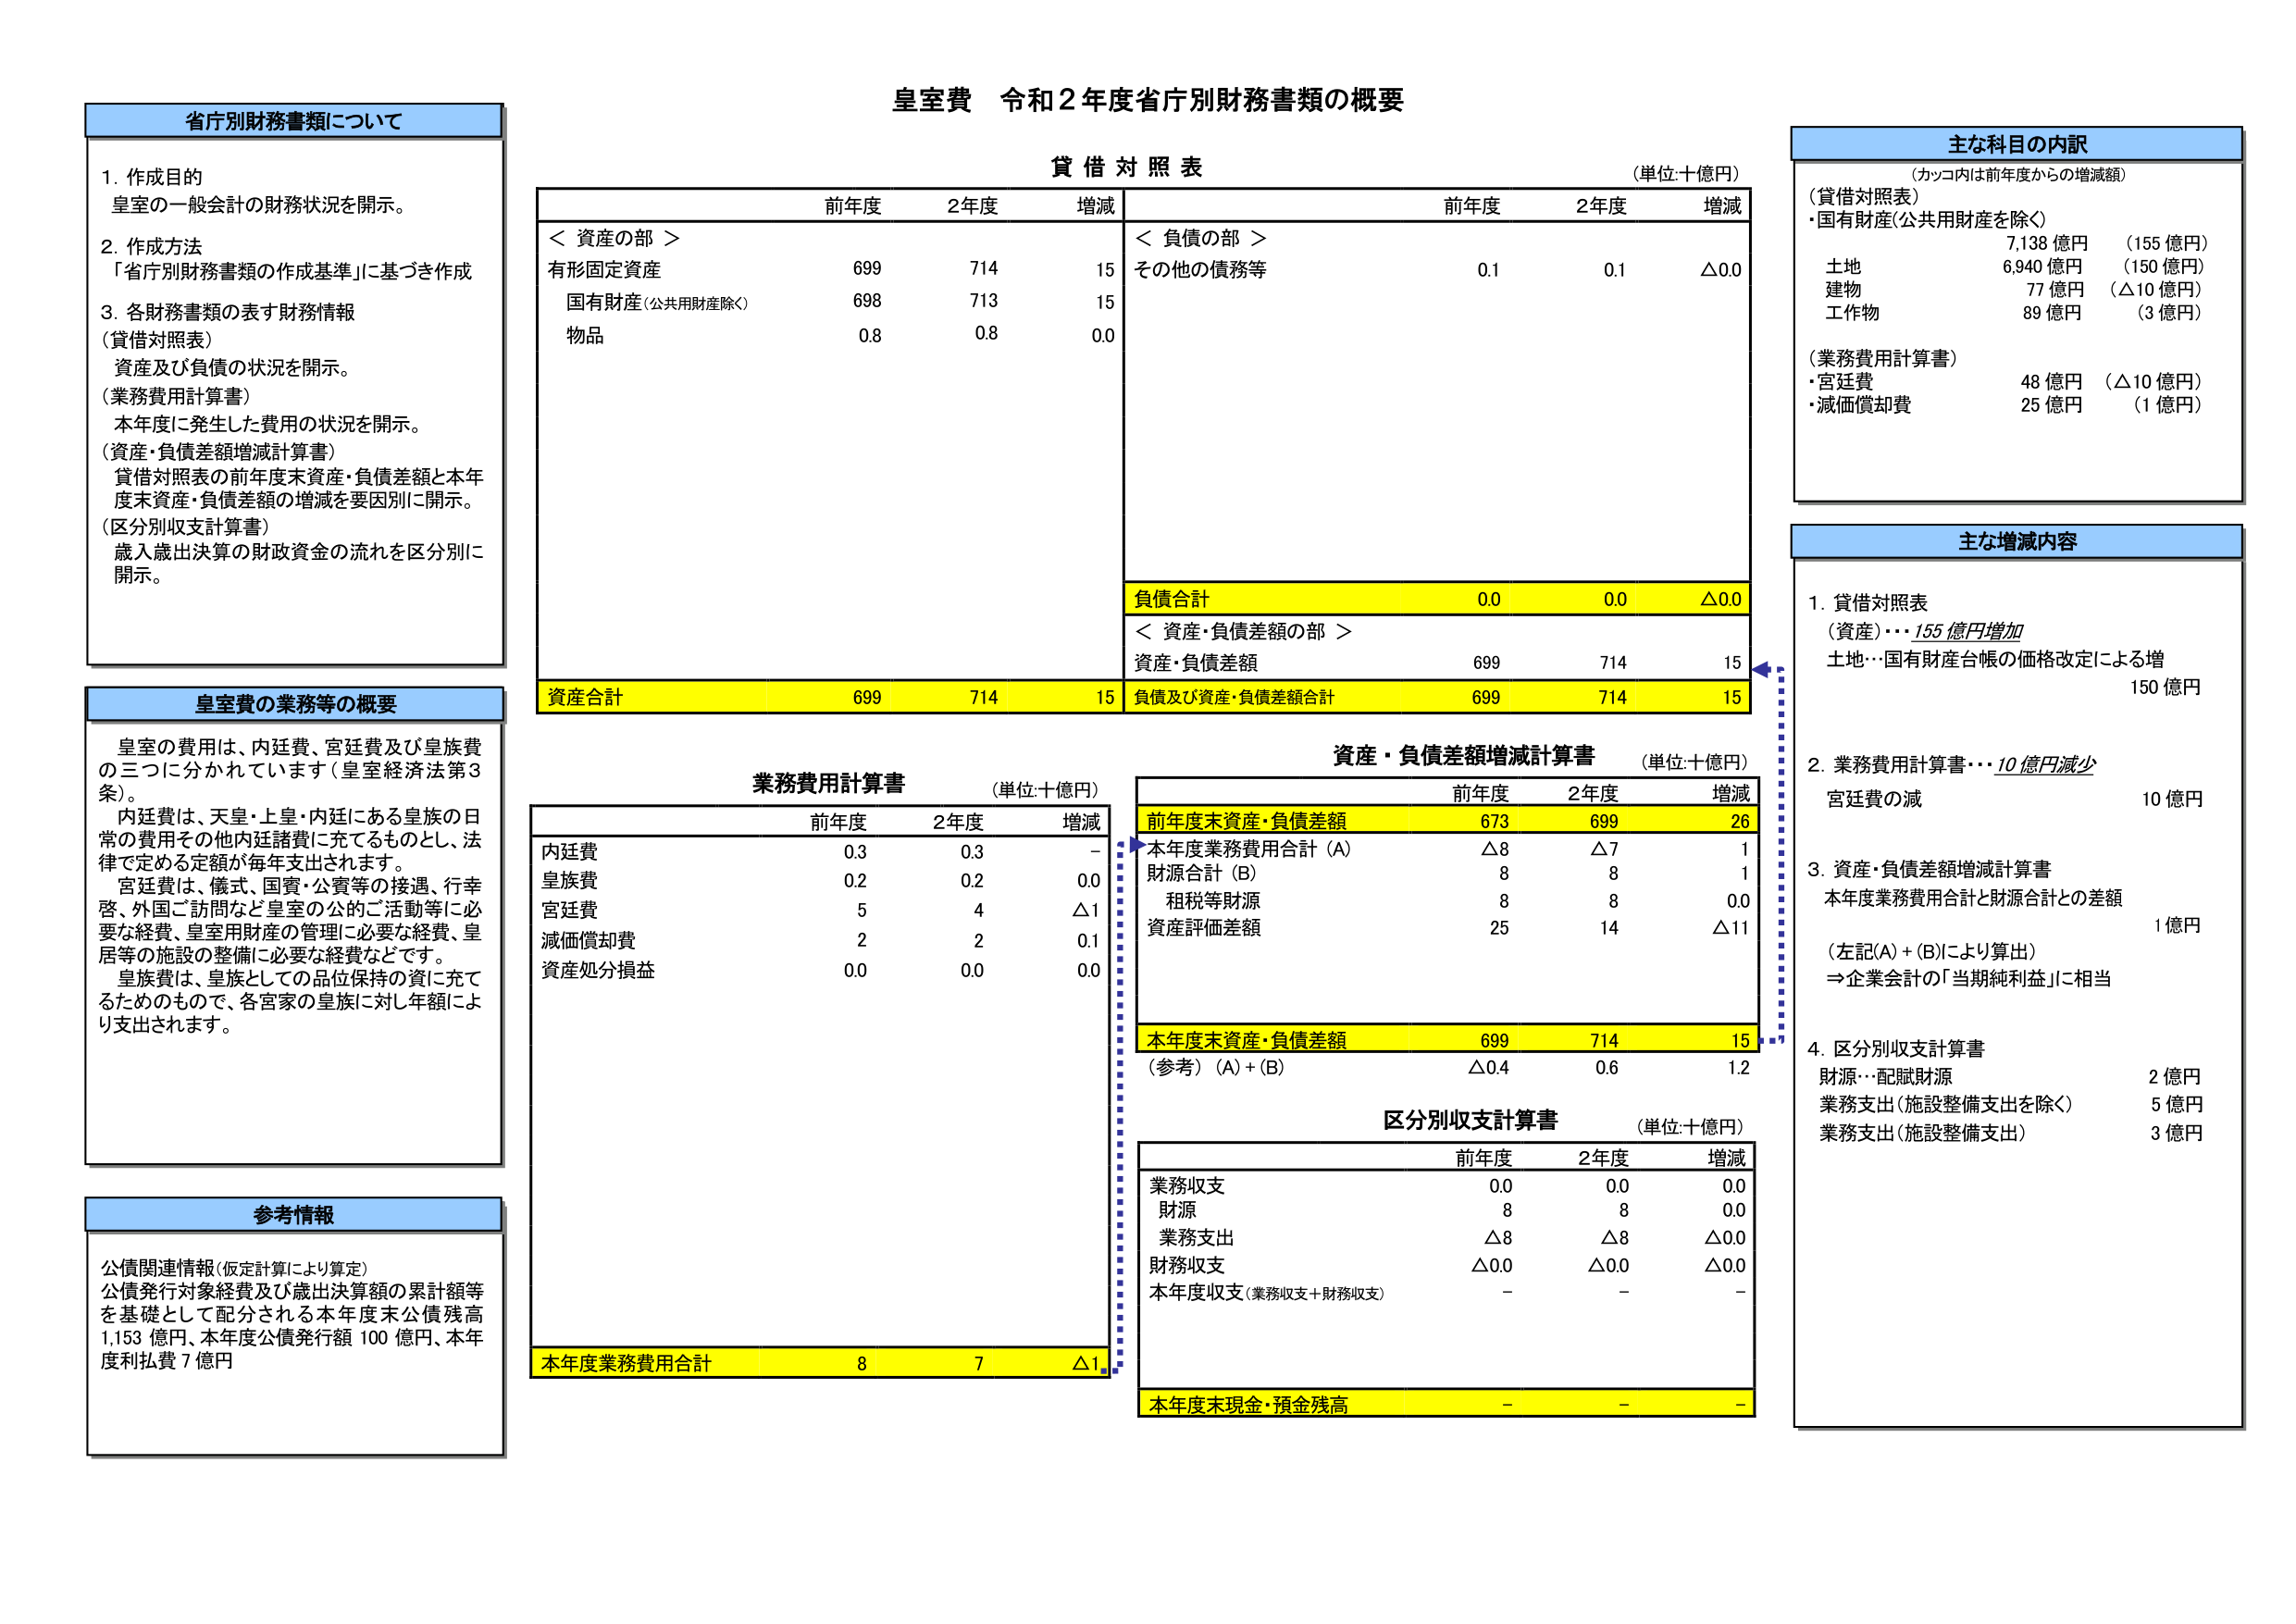
皇室費 令和２年度省庁別財務書類の概要

省庁別財務書類について
1. 作成目的
皇室の一般会計の財務状況を開示。
2. 作成方法
「省庁別財務書類の作成基準」に基づき作成
3. 各財務書類の表す財務情報
（貸借対照表）
資産及び負債の状況を開示。
（業務費用計算書）
本年度に発生した費用の状況を開示。
（資産・負債差額増減計算書）
貸借対照表の前年度末資産・負債差額と本年度末資産・負債差額の増減を要因別に開示。
（区分別収支計算書）
歳入歳出決算の財政資金の流れを区分別に開示。

皇室費の業務等の概要
皇室の費用は、内廷費、宮廷費及び皇族費の三つに分かれています（皇室経済法第3条）。
内廷費は、天皇・上皇・内廷にある皇族の日常の費用その他内廷諸費に充てるものとし、法律で定める定額が毎年支出されます。
宮廷費は、儀式、国賓・公賓等の接遇、行幸啓、外国ご訪問など皇室の公のご活動等に必要な経費、皇室用財産の管理に必要な経費、皇居等の施設の整備に必要な経費などです。
皇族費は、皇族としての品位保持の資に充てるためのもので、各宮家の皇族に対し年額により支出されます。

参考情報
公債関連情報（仮定計算により算定）
公債発行対象経費及び歳出決算額の累計額等を基礎として配分される本年度末公債残高1,153 億円、本年度公債発行額 100 億円、本年度利払費 7 億円

貸借対照表
（単位：十億円）
＜ 資産の部 ＞
有形固定資産 699 714 15
国有財産（公共用財産除く） 698 713 15
物品 0.8 0.8 0.0
＜ 負債の部 ＞
その他の債務等 0.1 0.1 △0.0
負債合計 0.0 0.0 △0.0
＜ 資産・負債差額の部 ＞
資産・負債差額 699 714 15
資産合計 699 714 15
負債及び資産・負債差額合計 699 714 15

業務費用計算書
（単位：十億円）
前年度 2年度 増減
内廷費 0.3 0.3 -
皇族費 0.2 0.2 0.0
宮廷費 5 4 △1
減価償却費 2 2 0.1
資産処分損益 0.0 0.0 0.0
本年度業務費用合計 8 7 △1

資産・負債差額増減計算書
（単位：十億円）
前年度 2年度 増減
前年度末資産・負債差額 673 699 26
本年度業務費用合計（A） △8 △7 1
財源合計（B） 8 8 1
租税等財源 8 8 0.0
資産評価差額 25 14 △11
本年度末資産・負債差額 699 714 15
（参考）（A）+（B） △0.4 0.6 1.2

区分別収支計算書
（単位：十億円）
前年度 2年度 増減
業務収支 0.0 0.0 0.0
財源 8 8 0.0
業務支出 △8 △8 △0.0
財務収支 △0.0 △0.0 △0.0
本年度収支（業務収支＋財務収支） - - -
本年度末現金・預金残高 - - -

主な科目の内訳
（カッコ内は前年度からの増減額）
（貸借対照表）
・国有財産（公共用財産を除く）
7,138 億円 （155 億円）
土地 6,940 億円 （150 億円）
建物 77 億円 （△10 億円）
工作物 89 億円 （3 億円）
（業務費用計算書）
・宮廷費 48 億円 （△10 億円）
・減価償却費 25 億円 （1 億円）

主な増減内容
1. 貸借対照表
（資産）・・・155 億円増加
土地…国有財産台帳の価格改定による増 150 億円
2. 業務費用計算書・・・10 億円減少
宮廷費の減 10 億円
3. 資産・負債差額増減計算書
本年度業務費用合計と財源合計との差額 1 億円
（左記（A）+（B）により算出）
⇒企業会計の「当期純利益」に相当
4. 区分別収支計算書
財源…配賦財源 2 億円
業務支出（施設整備支出を除く） 5 億円
業務支出（施設整備支出） 3 億円